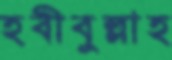
হবীবুল্লাহ